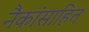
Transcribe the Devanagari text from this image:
नैकांसाहित